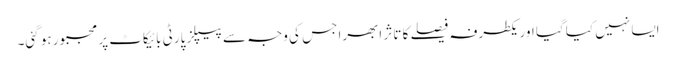
ایسا نہیں کیا گیا اور یکطرفہ فیصلے کا تاثر ابھرا جس کی وجہ سے پیپلز پارٹی بائیکاٹ پر مجبور ہو گئی۔